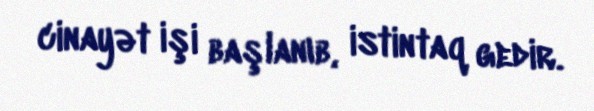
cinayət işi başlanıb, istintaq gedir.